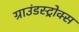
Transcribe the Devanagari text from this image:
ग्राउंडस्ट्रोक्स